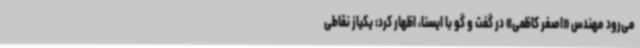
می‌رود مهندس «اصغر کاظمی» در گفت و گو با ایسنا، اظهار کرد: یکیاز نقاطی